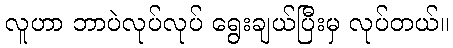
လူဟာ ဘာပဲလုပ်လုပ် ရွေးချယ်ပြီးမှ လုပ်တယ်။